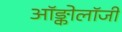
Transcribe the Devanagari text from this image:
ऑङ्कोलॉजी